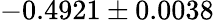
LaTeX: -0.4921\pm 0.0038